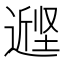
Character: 𰊭